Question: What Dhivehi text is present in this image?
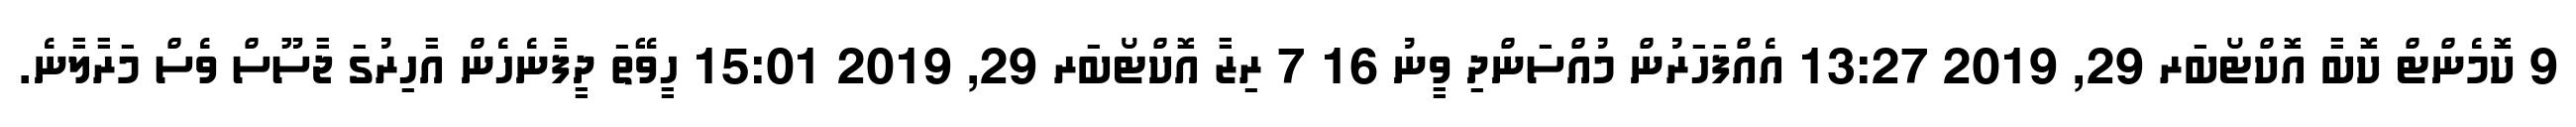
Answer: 9 ކޮމެންޓް ކޮބާ އޮކްޓޯބަރ 29, 2019 13:27 އެއްފަހަރުން މުއްސަންދި ވީނު 16 7 ރިޒާ އޮކްޓޯބަރ 29, 2019 15:01 ހީވޭތަ ދީފާނެހެން އާހިރުގަ ޖާސޫސް ވެސް މަރާލާނެ.